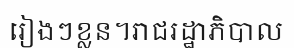
រៀងៗខ្លន។រាជរដ្ឋាភិបាល